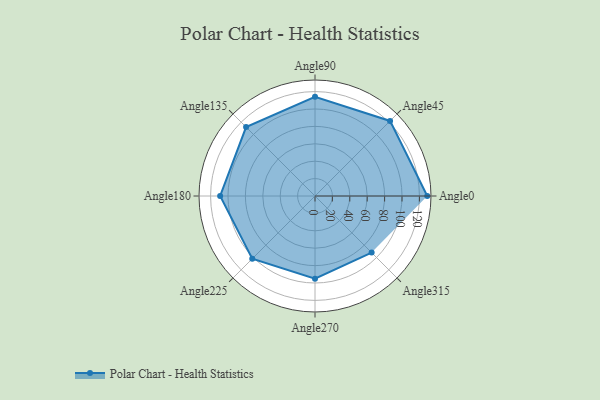
{"axis": {"x": "Angle", "y": "Radius"}, "legend": [""], "data": [{"x": "Angle0", "y": 129.0, "type": ""}, {"x": "Angle45", "y": 122.0, "type": ""}, {"x": "Angle90", "y": 114.0, "type": ""}, {"x": "Angle135", "y": 112.0, "type": ""}, {"x": "Angle180", "y": 109.0, "type": ""}, {"x": "Angle225", "y": 102.0, "type": ""}, {"x": "Angle270", "y": 95.0, "type": ""}, {"x": "Angle315", "y": 92.0, "type": ""}]}